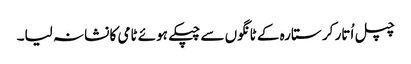
چپل اُتار کر ستارہ کے ٹانگوں سے چپکے ہوئے ٹامی کا نشانہ لیا۔